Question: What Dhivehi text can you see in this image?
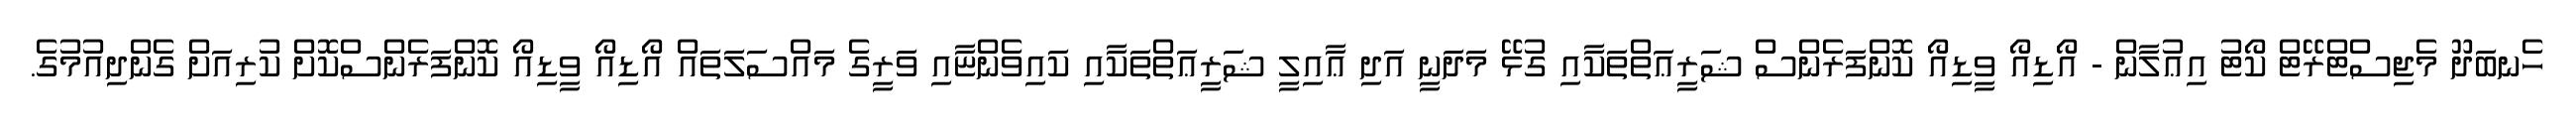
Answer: ހެނބަދޫ މެޖިސްޓްރޭޓް ކޯޓު އިޢުލާން - އޯޑިއޯ ވީޑިއޯ ކޮންފަރެންސް ޝަރީޢަތްތަކާއި ގުޅޭ މަދަނީ އަދި ޢާއިލީ ޝަރީޢަތްތަކާއި ކައިވެންޏާއި ވަރީގެ މައްސަލަތައް އޯޑިއޯ ވީޑިއޯ ކޮންފަރެންސްކޮށް ކުރިއަށް ގެންދިއުމުގެ.